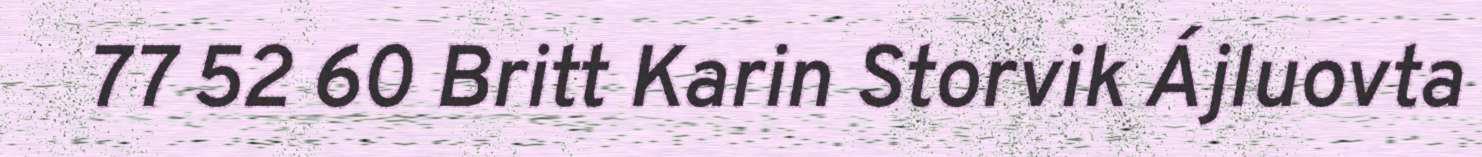
77 52 60 Britt Karin Storvik Ájluovta